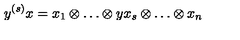
y ^ { ( s ) } x = x _ { 1 } \otimes \ldots \otimes y x _ { s } \otimes \ldots \otimes x _ { n }